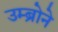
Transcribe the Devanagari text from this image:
उम्ब्रोने